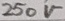
Text: 250V